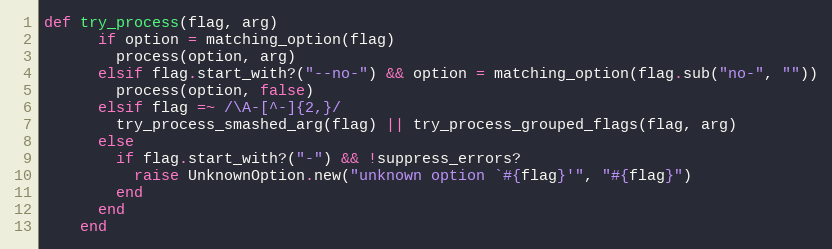
Language: Ruby
def try_process(flag, arg)
      if option = matching_option(flag)
        process(option, arg)
      elsif flag.start_with?("--no-") && option = matching_option(flag.sub("no-", ""))
        process(option, false)
      elsif flag =~ /\A-[^-]{2,}/
        try_process_smashed_arg(flag) || try_process_grouped_flags(flag, arg)
      else
        if flag.start_with?("-") && !suppress_errors?
          raise UnknownOption.new("unknown option `#{flag}'", "#{flag}")
        end
      end
    end